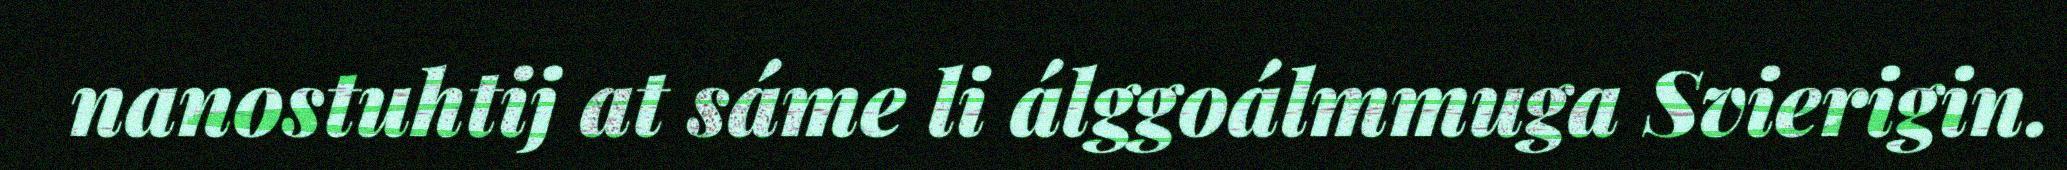
nanostuhtij at sáme li álggoálmmuga Svierigin.